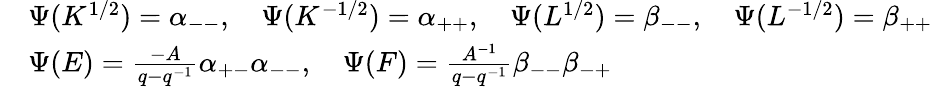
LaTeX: \begin{array}{rl}{}&{\Psi(K^{1/2})=\alpha_{--},\quad\Psi(K^{-1/2})=\alpha_{++},\quad\Psi(L^{1/2})=\beta_{--},\quad\Psi(L^{-1/2})=\beta_{++}}\\ {}&{\Psi(E)=\frac{-A}{q-q^{-1}}\alpha_{+-}\alpha_{--},\quad\Psi(F)=\frac{A^{-1}}{q-q^{-1}}\beta_{--}\beta_{-+}}\end{array}